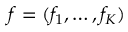
\boldsymbol { f } = ( f _ { 1 } , \dots , f _ { K } )